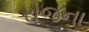
રોજના